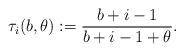
LaTeX: \begin{align*}\tau_i(b,\theta) := \frac{ b + i - 1 }{ b + i - 1 + \theta } .\end{align*}